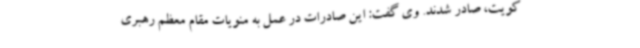
کویت، صادر شدند. وی گفت: این صادرات در عمل به منویات مقام معظم رهبری